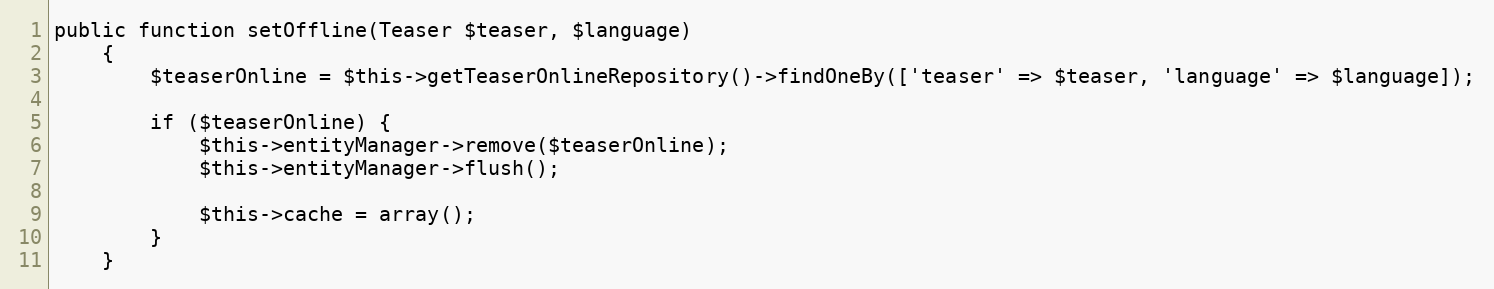
Language: PHP
public function setOffline(Teaser $teaser, $language)
    {
        $teaserOnline = $this->getTeaserOnlineRepository()->findOneBy(['teaser' => $teaser, 'language' => $language]);

        if ($teaserOnline) {
            $this->entityManager->remove($teaserOnline);
            $this->entityManager->flush();

            $this->cache = array();
        }
    }